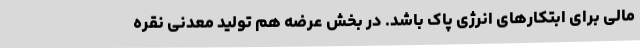
مالی برای ابتکارهای انرژی پاک باشد. در بخش عرضه هم تولید معدنی نقره